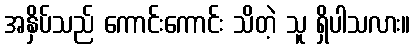
အနှိပ်သည် ကောင်းကောင်း သိတဲ့ သူ ရှိပါသလား။